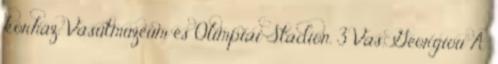
kórház, Vasútmúzeum és Olimpiai Stadion. 3 Vas. Georgiou A'